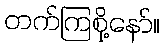
တက်ကြစို့နော်။